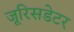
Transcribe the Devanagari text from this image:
जूरिसडेटर